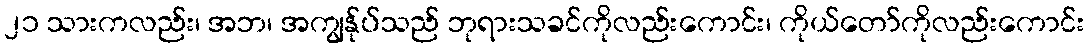
၂၁ သားကလည်း၊ အဘ၊ အကျွန်ုပ်သည် ဘုရားသခင်ကိုလည်းကောင်း၊ ကိုယ်တော်ကိုလည်းကောင်း